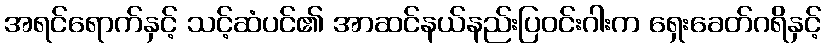
အရင်ရောက်နှင့် သင့်ဆံပင်၏ အာဆင်နယ်နည်းပြဝင်းဂါးက ရှေးခေတ်ဂရိနှင့်